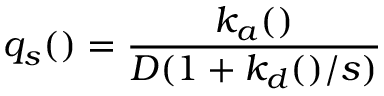
q _ { s } ( \r ) = \frac { k _ { a } ( \r ) } { D ( 1 + k _ { d } ( \r ) / s ) }